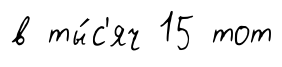
в ты́с'яч 15 тот